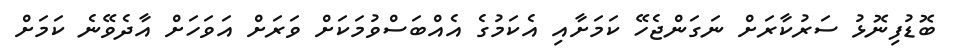
ބޮޑުފިނޮޅު ސަރުކާރަށް ނަގަންޖެހޭ ކަމަށާއި އެކަމުގެ އެއްބަސްވުމަކަށް ވަރަށް އަވަހަށް އާދެވޭނެ ކަމަށް